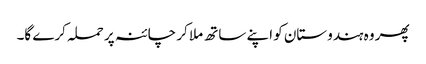
پھر وہ ہندوستان کو اپنے ساتھ ملا کر چائنہ پر حملہ کرے گا۔